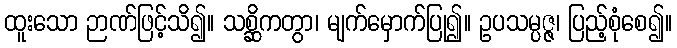
ထူးသော ဉာဏ်ဖြင့်သိ၍။ သစ္ဆိကတွာ၊ မျက်မှောက်ပြု၍။ ဥပသမ္ပဇ္ဇ၊ ပြည့်စုံစေ၍။